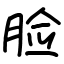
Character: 脸